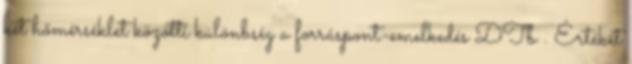
két hőmérséklet közötti különbség a forráspont-emelkedés DTb . Értékét